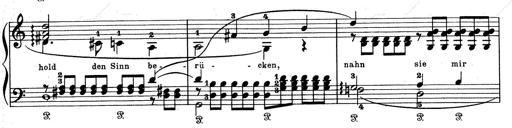
Title: Aus Lohengrin
Composer: Franz Liszt